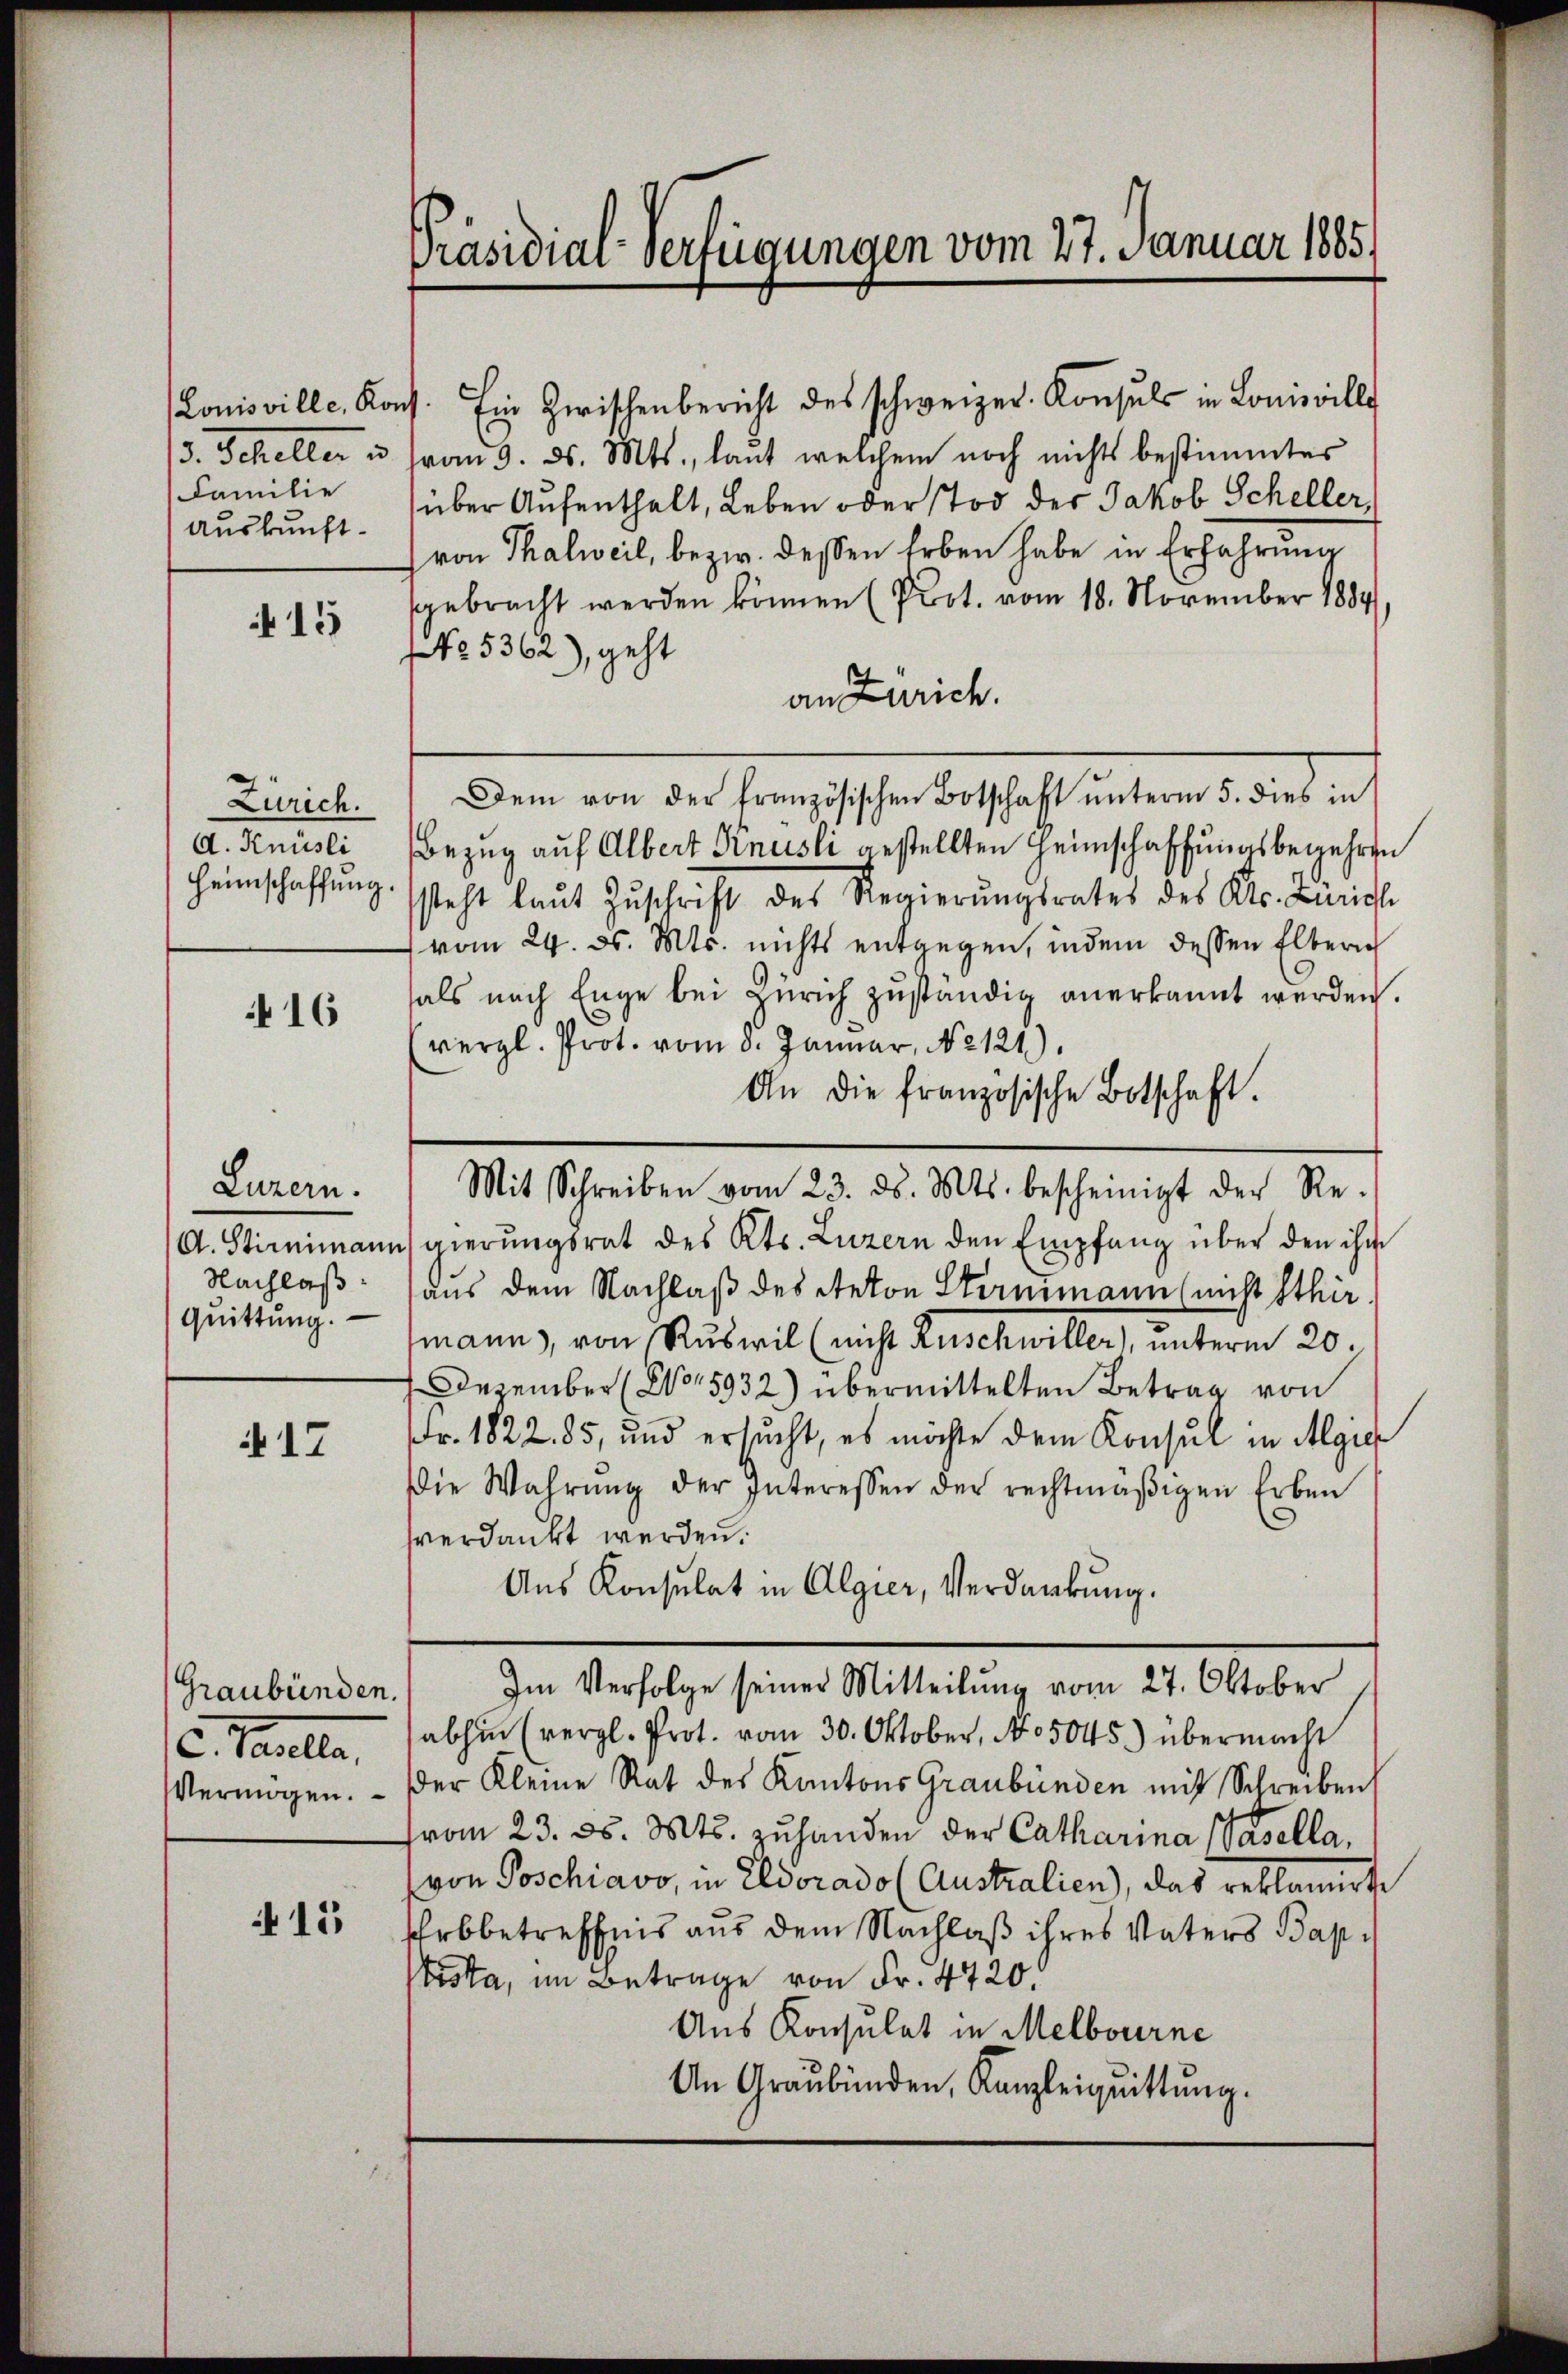
Familie
Auskunft.

415

Zürich.
A. Knüsli
Heimschaffung.

16

Luzern.
Nachlaß
Quittung.

17

Graubünden.
c. Falle,
Vermögen.

15

Präsidiar Verfügungen vom 27. Januar 1885.

Louisville. Kons. Ein Zwischenbericht des schweizer-Konsuls in Louisville
/3. Scheller u. vom 3. ds. Mts., laut welchem noch nichts bestimmter
über Aufenthalt, Leben oder Tod der Jakob Scheller,
von Thalweil, bezw. dessen Erben habe in Erfahrung
sgebracht werden können (Prot. vom 18. November 1884,
NNo. 5362), geht
an Zürich.
Dem von der französischen Botschaft ŭnterm 5. dies in
Bezug auf Albert Knüsli gestellten Heimschaffungsbegehren
steht laut Zuschrift des Regierŭngsrates des Kts. Bericht
vom 24. ds. Mts. nichts entgegen, indem dessen Elberi
als nach Enge bei Zürich zuständig anerkannt werden.
vergl. Prot. vom 3. Januar, No 121.)
An die französische Botschaft.
A. Stimmimannsgierŭngsrat des Kts. Luzern den Empfang über den ihm
aus dem Nachlaß des Reton Sternimann (nicht Ethir
mann, von Ruswil (nicht Ruschwiller), unterm 20.
1 Dezember (No 5932) übermittelten Betrag von
Fr. 1822. 85, und ersucht, es möchte dem Konsul in Algie
die Wahrŭng der Interessen der rechtmäβigen Erben
vverdankt werden.
Aus Konsulat in Algier, Verdankung.
Im Verfolge seiner Mitteilung vom 27. Oktober
abhin (vergl. Prot. vom 30. Oktober, No 5045.) übermacht
der Kleine Rat des Kantons Graubünden mit Schreiben
vom 23. ds. Mts. zuhanden der Catharina (Pasella,
von Poschiavo, in Eldorado (Australien), das reklamierte
Erbbetreffnis aus dem Nachlaß ihres Vaters Baptosta, im Betrage von Fr. 4720.
Aus Konsulat in Melbourne
An Graubünden, Kanzleiquittung.

Mit Schreiben vom 23. ds. Mts. bescheinigt der Re-